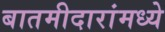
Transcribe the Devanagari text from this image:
बातमीदारांमध्ये